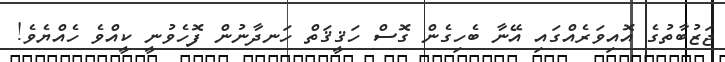
ޖަޒުބާތުގެ އޮއިވަރެއްގައި އޭނާ ބެހިގެން ގޮސް ހަޤީޤަތް ހަނދާނުން ފޮހެވުނީ ކީއްވެ ހެއްޔެވެ!